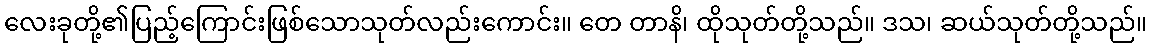
လေးခုတို့၏ပြည့်ကြောင်းဖြစ်သောသုတ်လည်းကောင်း။ တေ တာနိ၊ ထိုသုတ်တို့သည်။ ဒသ၊ ဆယ်သုတ်တို့သည်။